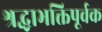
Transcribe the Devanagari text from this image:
श्रद्धाभक्तिपूर्वक